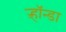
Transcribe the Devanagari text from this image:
ऱ्हॉन्डा